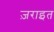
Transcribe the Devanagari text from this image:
ज़राइत